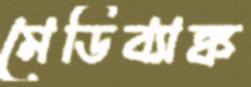
মেডিব্যাঙ্ক